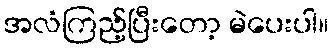
အလံကြည့်ပြီးတော့ မဲပေးပါ။